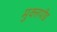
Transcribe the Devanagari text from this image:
मुक्तपीड